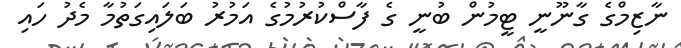
ނާޒިމްގެ ގާނޫނީ ޓީމުން ބުނީ ގެ ފާސްކުރުމުގެ އަމުރު ބަލައިގަތުމާ މެދު ހައި